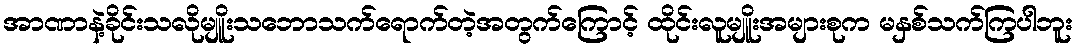
အာဏာနဲ့ခိုင်းသလိုမျိူးသဘောသက်ရောက်တဲ့အတွက်ကြောင့် ထိုင်းလူမျိူးအများစုက မနှစ်သက်ကြပါဘူး